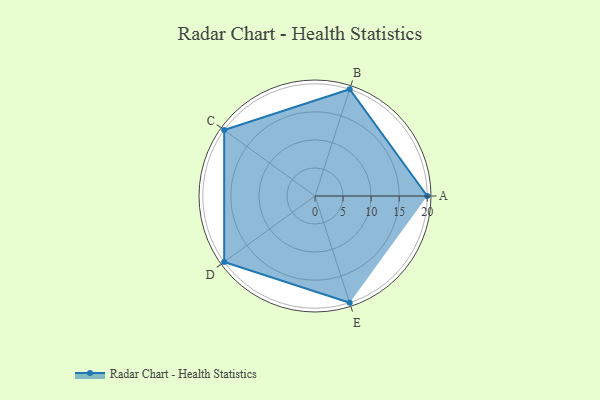
{"axis": {"x": "Skill", "y": "Score"}, "legend": ["Profile"], "data": [{"x": "A", "y": 20, "type": "Profile"}, {"x": "B", "y": 20, "type": "Profile"}, {"x": "C", "y": 20, "type": "Profile"}, {"x": "D", "y": 20, "type": "Profile"}, {"x": "E", "y": 20, "type": "Profile"}]}